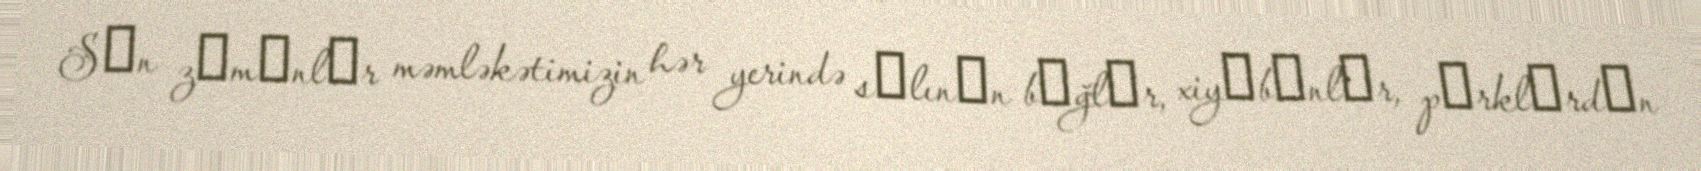
Sоn zаmаnlаr məmləkətimizin hər yerində sаlınаn bаğlаr, xiyаbаnlаr, pаrklаrdаn